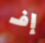
إف